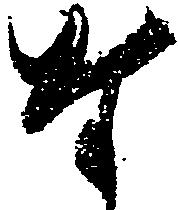
な